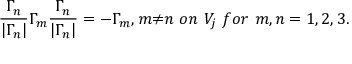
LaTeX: \frac { { \Gamma } _ { n } } { | { \Gamma } _ { n } | } { \Gamma } _ { m } \frac { { \Gamma } _ { n } } { | { \Gamma } _ { n } | } = - { \Gamma } _ { m } , m { \neq } n ~ o n ~ V _ { j } ~ f o r ~ m , n = 1 , 2 , 3 .